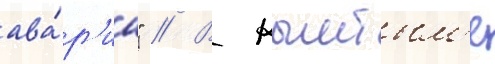
ава́р'иа" // В кыштым'е